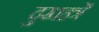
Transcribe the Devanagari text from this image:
दुखहर्त्रे